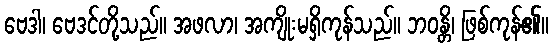
ဗေဒါ၊ ဗေဒင်တို့သည်။ အဖလာ၊ အကျိုးမရှိကုန်သည်။ ဘဝန္တိ၊ ဖြစ်ကုန်၏။